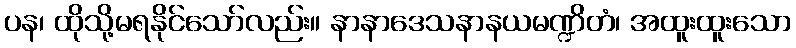
ပန၊ ထိုသို့မရနိုင်သော်လည်း။ နာနာဒေသနာနယမဏ္ဍိတံ၊ အထူးထူးသော